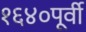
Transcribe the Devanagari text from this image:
१६४०पूर्वी